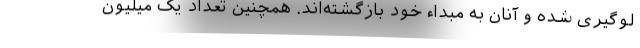
لوگیری شده و آنان به مبداء خود بازگشته‌اند. همچنین تعداد یک میلیون